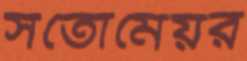
সতোমেয়র